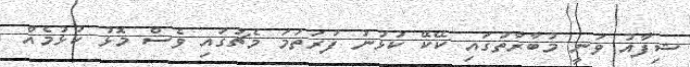
ޝިފާއު ވަނީ މުބާރާތުގައި ކޭކޭ ކުޅުނު ފުރަތަމަ މެޗުގައި ވެސް މޮޅު ކުޅުމެއް